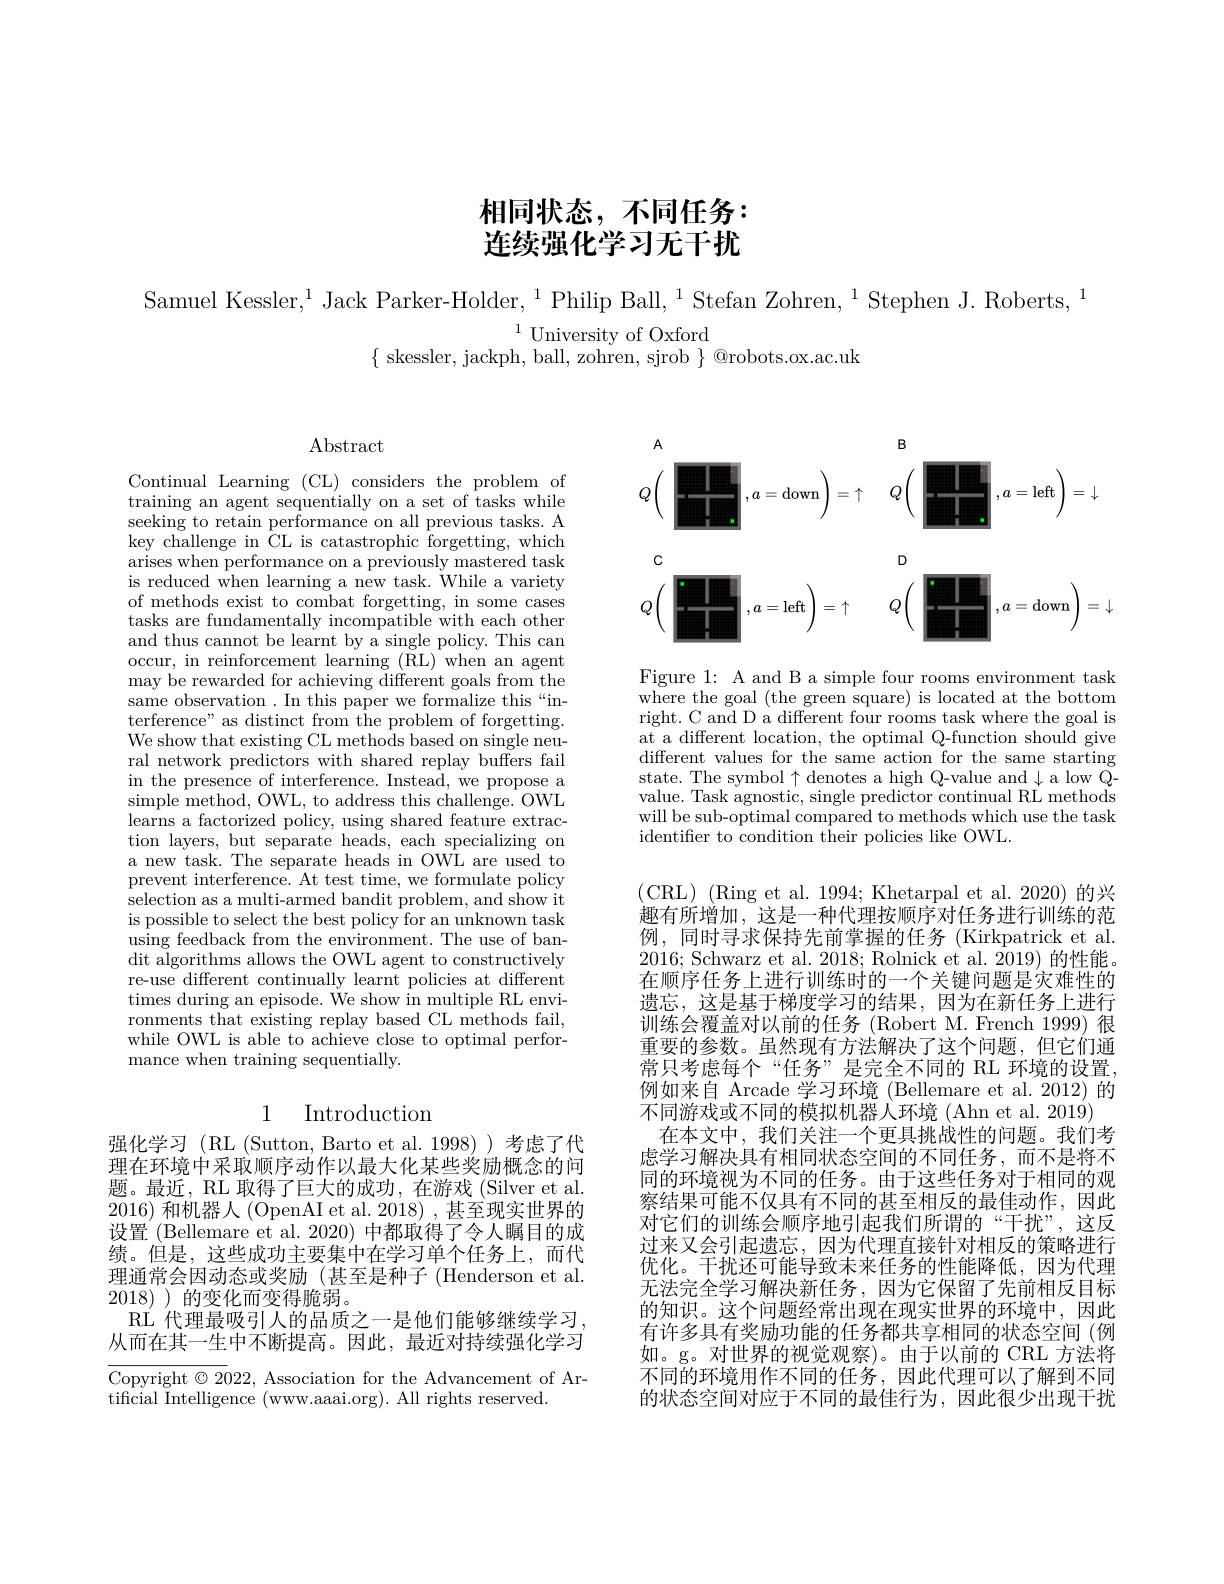
相同状态，不同任务： 连续强化学习无干扰

Samuel Kessler,$^1$Jack Parker-Holder,$^1$Philip Ball,$^1$Stefan Zohren,$^1$Stephen J. Roberts,$^1$
$^{1}$University of Oxford
$\{$ skessler, jackph, ball, zohren, sjrob $\}$ @robots.ox.ac.uk

$\operatorname{Abstract}$

Continual Learning (CL) considers the problem of training an agent sequentially on a set of tasks while seeking to retain performance on all previous tasks. A $\bar{\text{key challenge in CL is catastrophic forgetting, which}}$ arises when performance on a previously mastered task is reduced when learning a new task. While a variety of methods exist to combat forgetting, in some cases tasks are fundamentally incompatible with each other and thus cannot be learnt by a single policy. This can occur, in reinforcement learning (RL) when an agent may be rewarded for achieving different goals from the same observation . In this paper we formalize this“interference" as distinct from the problem of forgetting. We show that existing CL methods based on single neural network predictors with shared replay buffers fail in the presence of interference. Instead, we propose a simple method, OWL, to address this challenge. OWL learns a factorized policy, using shared feature extraction layers, but separate heads, each specializing on a new task. The separate heads in OWL are used to prevent interference. At test time, we formulate policy selection as a multi-armed bandit problem, and show it is possible to select the best policy for an unknown task using feedback from the environment. The use of bandit algorithms allows the OWL agent to constructively re-use different continually learnt policies at different times during an episode. We show in multiple RL environments that existing replay based CL methods fail, while OWL is able to achieve close to optimal performance when training sequentially.

# 1 Introduction

强化学习(RL(Sutton,Barto et al.1998))考虑了代理在环境中采取顺序动作以最大化某些奖励概念的问题。最近，RL 取得了巨大的成功，在游戏 (Silver et al. 2016)和机器人 (OpenAI et al. 2018) , 甚至现实世界的设置 (Bellemare et al. 2020) 中都取得了令人瞩目的成绩。但是，这些成功主要集中在学习单个任务上，而代理通常会因动态或奖励(甚至是种子(Henderson et al. 2018) )的变化而变得脆弱。
RL 代理最吸引人的品质之一是他们能够继续学习从而在其一生中不断提高。因此，最近对持续强化学习

Copyright $\odot2022$, Association for the Advancement of Ar-
tificial Intelligence (www.aaai.org). All rights reserved.
$$\begin{aligned}&\text{A}&&\text{B}\\&Q\left(\begin{array}{ccc}&&&\\&&&\\&&&\end{array},a=\mathrm{down}\right)=\uparrow&&Q\left(\begin{array}{cc}&&\\&&&\\&&&\end{array},a=\mathrm{left}\right)=\downarrow\\&\text{c}\\&Q\left(\begin{array}{ccc}&&&\\&&&\\&&&\end{array},a=\mathrm{left}\right)=\uparrow&&Q\left(\begin{array}{cc}&&\\&&&\\&&&\\&&&&\\&&&&\end{array},a=\mathrm{down}\right)=\downarrow\end{aligned}$$
Figure 1: A and B a simple four rooms environment task where the goal (the green square) is located at the bottom right. C and D a different four rooms task where the goal is at a different location, the optimal Q-function should give different values for the same action for the same starting state. The symbol$\uparrow$denotes a high Q-value and$\downarrow$a low Qvalue. Task agnostic, single predictor continual RL methods will be sub-optimal compared to methods which use the task identifier to condition their policies like OWL.

(CRL$) \allowbreak ( {\mathrm{mod}} $et al. 1994; Khetarpal et al. 2020) 的 兴 ) 趣有所增加，这是一种代理按顺序对任务进行训练的范例，同时寻求保持先前掌握的任务(Kirkpatrick et al. 2016; Schwarz et al. 2018; Rolnick et al. 2019) 的性能。在顺序任务上进行训练时的一个关键问题是灾难性的遗忘，这是基于梯度学习的结果，因为在新任务上进行训练会覆盖对以前的任务 (Robert M. French 1999) 很重要的参数。虽然现有方法解决了这个问题，但它们通常只考虑每个“任务”是完全不同的 RL 环境的设置， 例如来自 Arcade 学习环境 (Bellemare et al. 2012)的不同游戏或不同的模拟机器人环境 (Ahn et al. 2019)
在本文中，我们关注一个更具挑战性的问题。我们考虑学习解决具有相同状态空间的不同任务，而不是将不同的环境视为不同的任务。由于这些任务对于相同的观察结果可能不仅具有不同的甚至相反的最佳动作，因此对它们的训练会顺序地引起我们所谓的“干扰”,这反过来又会引起遗忘，因为代理直接针对相反的策略进行优化。干扰还可能导致未来任务的性能降低，因为代理无法完全学习解决新任务，因为它保留了先前相反目标的知识。这个问题经常出现在现实世界的环境中，因此有许多具有奖励功能的任务都共享相同的状态空间(例如。g。对世界的视觉观察)。由于以前的 CRL 方法将不同的环境用作不同的任务，因此代理可以了解到不同的状态空间对应于不同的最佳行为，因此很少出现干扰